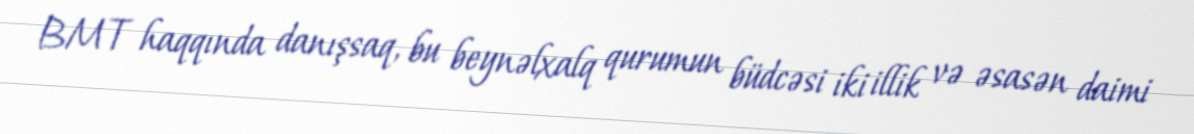
BMT haqqında danışsaq, bu beynəlxalq qurumun büdcəsi iki illik və əsasən daimi